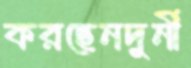
করছেনদুর্নী